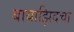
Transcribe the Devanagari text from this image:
बायाझिदचा